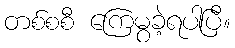
တစ်စစီ ကြေမွခဲ့ရပါပြီ။